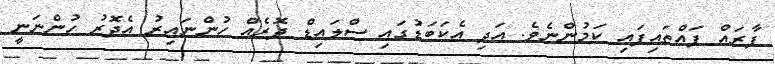
ފާރައް ފައްތައިފައި ކަމުންނެވެ. އަދި އެކަބަޑުގައި ސްލައިޑް ދޮރެއް ހުންނައިރު އެދޮރު ހުންނަނީ